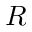
R